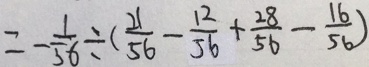
= - \frac { 1 } { 5 6 } \div ( \frac { 2 1 } { 5 6 } - \frac { 1 2 } { 5 6 } + \frac { 2 8 } { 5 6 } - \frac { 1 6 } { 5 6 } )